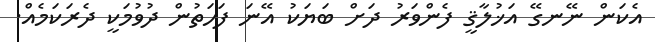
އެކަން ނޭނގޭ އަޚުލާޤީ ފެންވަރު ދަށް ބަޔަކު އޭނަ ފަހަތުން ދުވުމަކީ ދެރަކަމެއް.